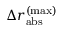
\Delta r _ { \mathrm { a b s } } ^ { \mathrm { ( m a x ) } }